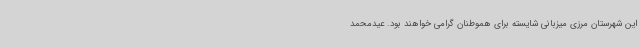
این شهرستان مرزی میزبانی شایسته برای هموطنان گرامی خواهند بود. عیدمحمد